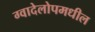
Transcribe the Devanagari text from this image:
ग्वादेलोपमधील